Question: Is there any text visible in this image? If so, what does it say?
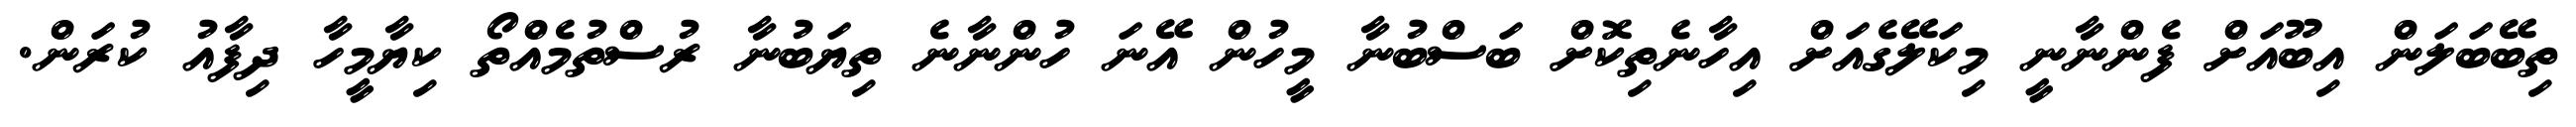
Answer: ތިބޭބަލަން އިބޫއަށް ފެންނާނީ މިކަލޭގެއަށް އިހާނެތިކޮށް ބަސްބުނާ މީހުން އޭނަ ހުންނާނެ ތިޔަބުނާ ރުސްތުމެއްތޯ ކިޔާމީހާ ދިފާއު ކުރަން.